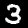
Digit: 3